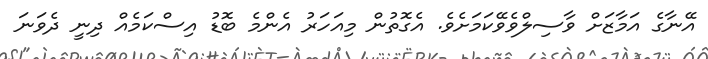
އޭނާގެ އަމާޒަށް ވާސިލްވެވޭކަމަށެވެ. އެގޮތުން މިއަހަރު އެންމެ ބޮޑު އިސްކަމެއް ދިނީ ދެވަނަ